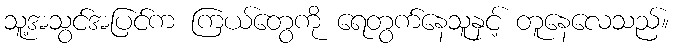
သူ့အသွင်အပြင်က ကြယ်တွေကို ရေတွက်နေသူနှင့် တူနေလေသည်။